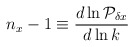
\begin{align*}n_x -1 \equiv {d\ln{\cal P}_{\delta x} \over d\ln k}\end{align*}